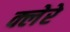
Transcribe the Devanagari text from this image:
क्लेरे